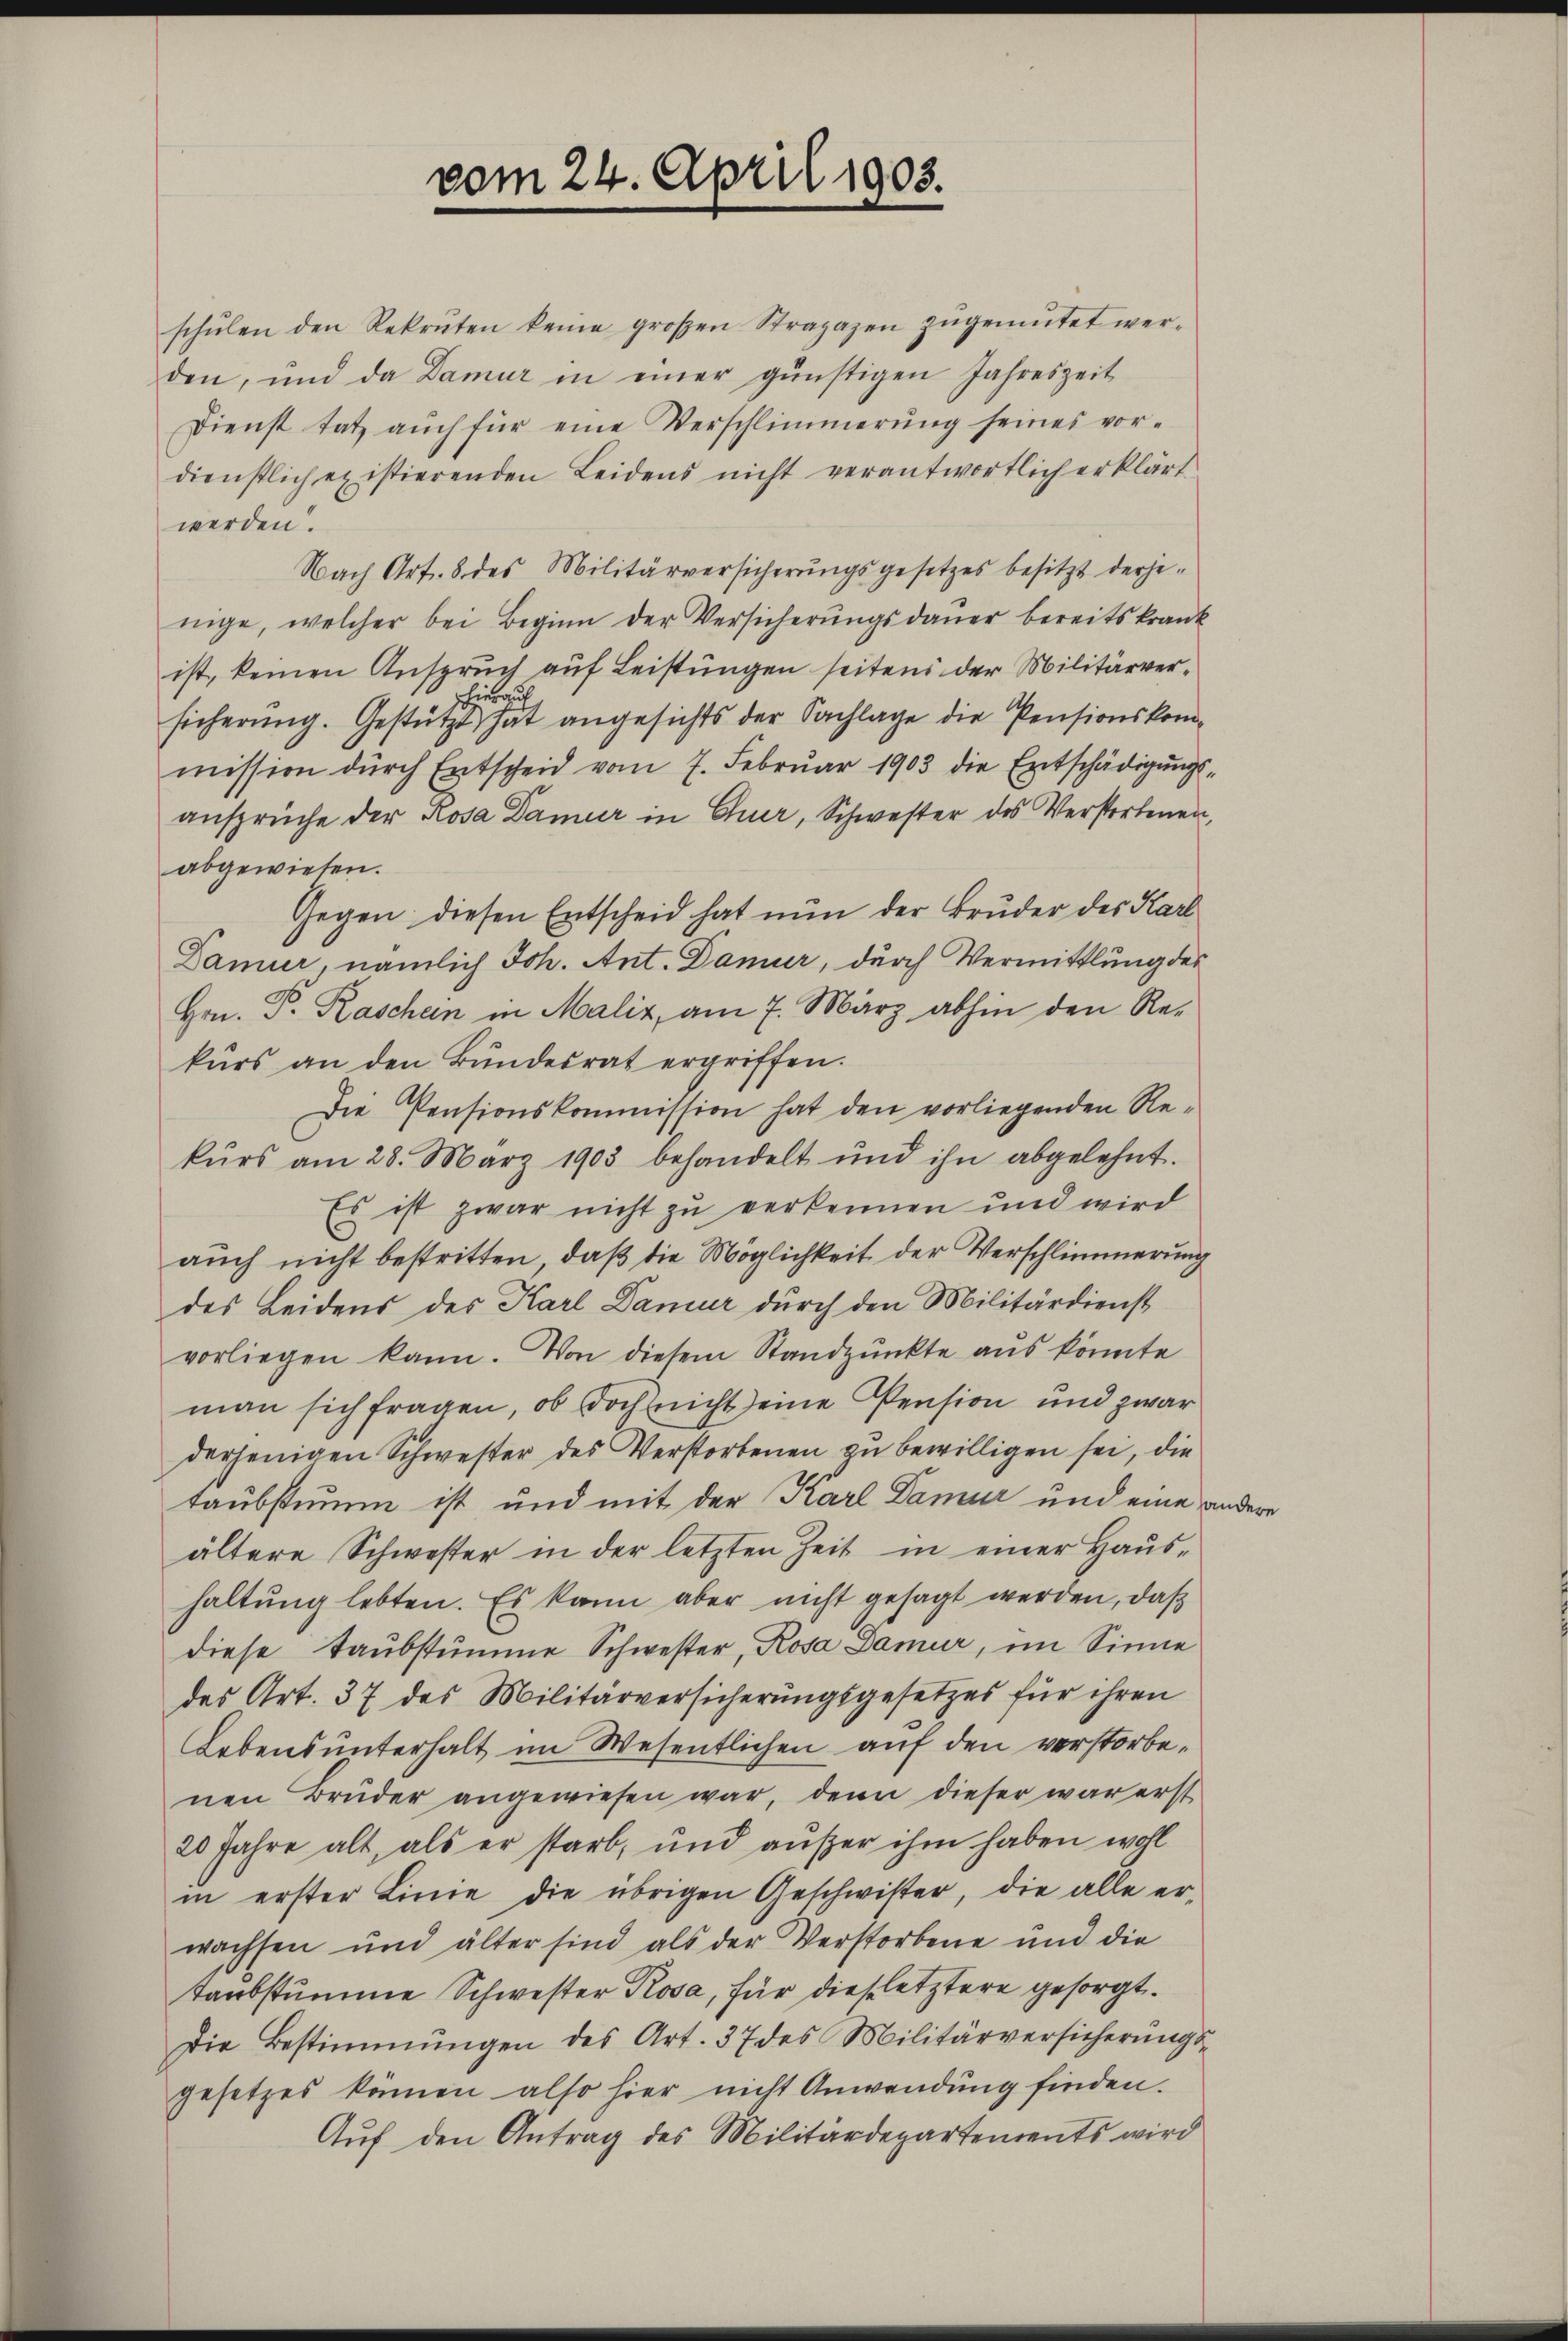
vom 24. April 1903.

schŭlen den Rekruten keine großen Strapazen zŭgemŭtet wer-
den, und da Damur in einer günstigen Jahreszeit
Dienst tat aŭch für eine Verschlimmerŭng seines vor-
dienstlich existierenden Leidens nicht verantwortlich erklärt.
werden.
Nach Art. 8 des Militärversicherŭngsgesetzes besitzt derjenige, welcher bei Beginn der Versicherŭngsdaŭer bereitskrank
ist, keinen Anspruch auf Leistungen seitens der Militärverhierau
sicherŭng. Gestützt hat angesichts der Sachlage die Pensionskommission dŭrch Entscheid vom 7. Febrŭar 1903 die Entschädigŭngs-
ansprüche der Rosa Damier in Chur, Schwester des Verstorbenen,
abgewiesen.
Gegen diesen Entscheid hat nun der Bruder des Karl
Damur, nämlich Joh. Ant. Damur, durch Vermittlung des
Hrn. J. Kaschen in Maliz, am 7. März abhin den Re-
kurs an den Bundesrat ergriffen.
Die Pensionskommission hat den vorliegenden Rekŭrs am 28. März 1903 behandelt und ihn abgelehnt.
Es ist zwar nicht zu verkennen und wird
auch nicht bestritten, daß die Möglichkeit der Verschlimmerung
des Leidens des Karl Damur durch den Militärdienst
vorliegen kann. Von diesem Standpunkte aus könnte
man sich fragen, ob doch nicht eine Pension und zwar
derjenigen Schwester des Verstorbenen zu bewilligen sei, die
taubstimm ist und mit der Karl Damur und eine andere
ältere Schwester in der letzten Zeit in einer Haushaltŭng lebten. Es kann aber nicht gesagt werden, daß
diese Taubstumme Schwester, Rosa Damur, im Sinne
des Art. 37 des Militärversicherungsgesetzes für ihren
Lebensunterhalt im Wesentlichen auf den verstorbenen Brüder angewiesen war, denn dieser war erst
20 Jahre alt, als er starb, und aŭβer ihm haben wohl
in erster Linie die übrigen Geschwister, die alle erwachsen und älter sind als der Verstorbene und die
taubstumme Schwester Rosa, für dies letztere gesorgt.
Die Bestimmungen des Art. 37 des Militärversicherŭngs-
gesetzes können also hier nicht Anwendung finden.
Auf den Antrag des Militärdepartements wird